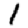
Digit: 1